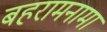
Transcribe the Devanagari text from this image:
बहरामनामा